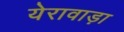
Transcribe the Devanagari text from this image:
येरावाड़ा